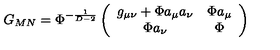
G _ { M N } = \Phi ^ { - \frac { 1 } { D - 2 } } \left( \begin{array} { c c } { g _ { \mu \nu } + \Phi a _ { \mu } a _ { \nu } } & { \Phi a _ { \mu } } \\ { \Phi a _ { \nu } } & { \Phi } \\ \end{array} \right)